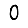
Digit: 0